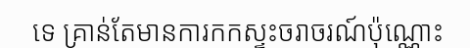
ទេ គ្រាន់តែមានការកកស្ទះចរាចរណ៍ប៉ុណ្ណោះ